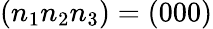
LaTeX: (n_{1}n_{2}n_{3})=(000)